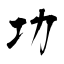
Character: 功